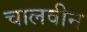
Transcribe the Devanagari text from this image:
चालवीन